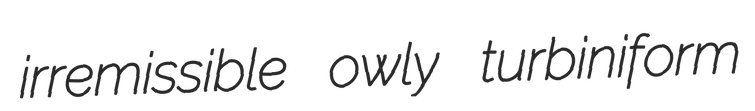
irremissible owly turbiniform